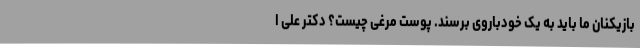
بازیکنان ما باید به یک خودباروی برسند. پوست مرغی چیست؟ دکتر علی ا